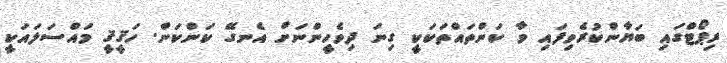
ރިޕޯޓްގައި ބަޔާންކުރެވިފައި ވާ ކަންތައްތަކަކީ ގިނަ ދިވެހީންނަށް އެނގޭ ކަންކަން. ހަޤީޤީ މައްސަލައަކީ